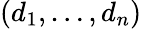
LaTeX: (d_{1},\dotsc,d_{n})